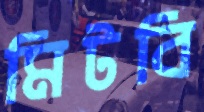
মিটবি